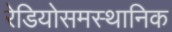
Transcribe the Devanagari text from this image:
रेडियोसमस्थानिक